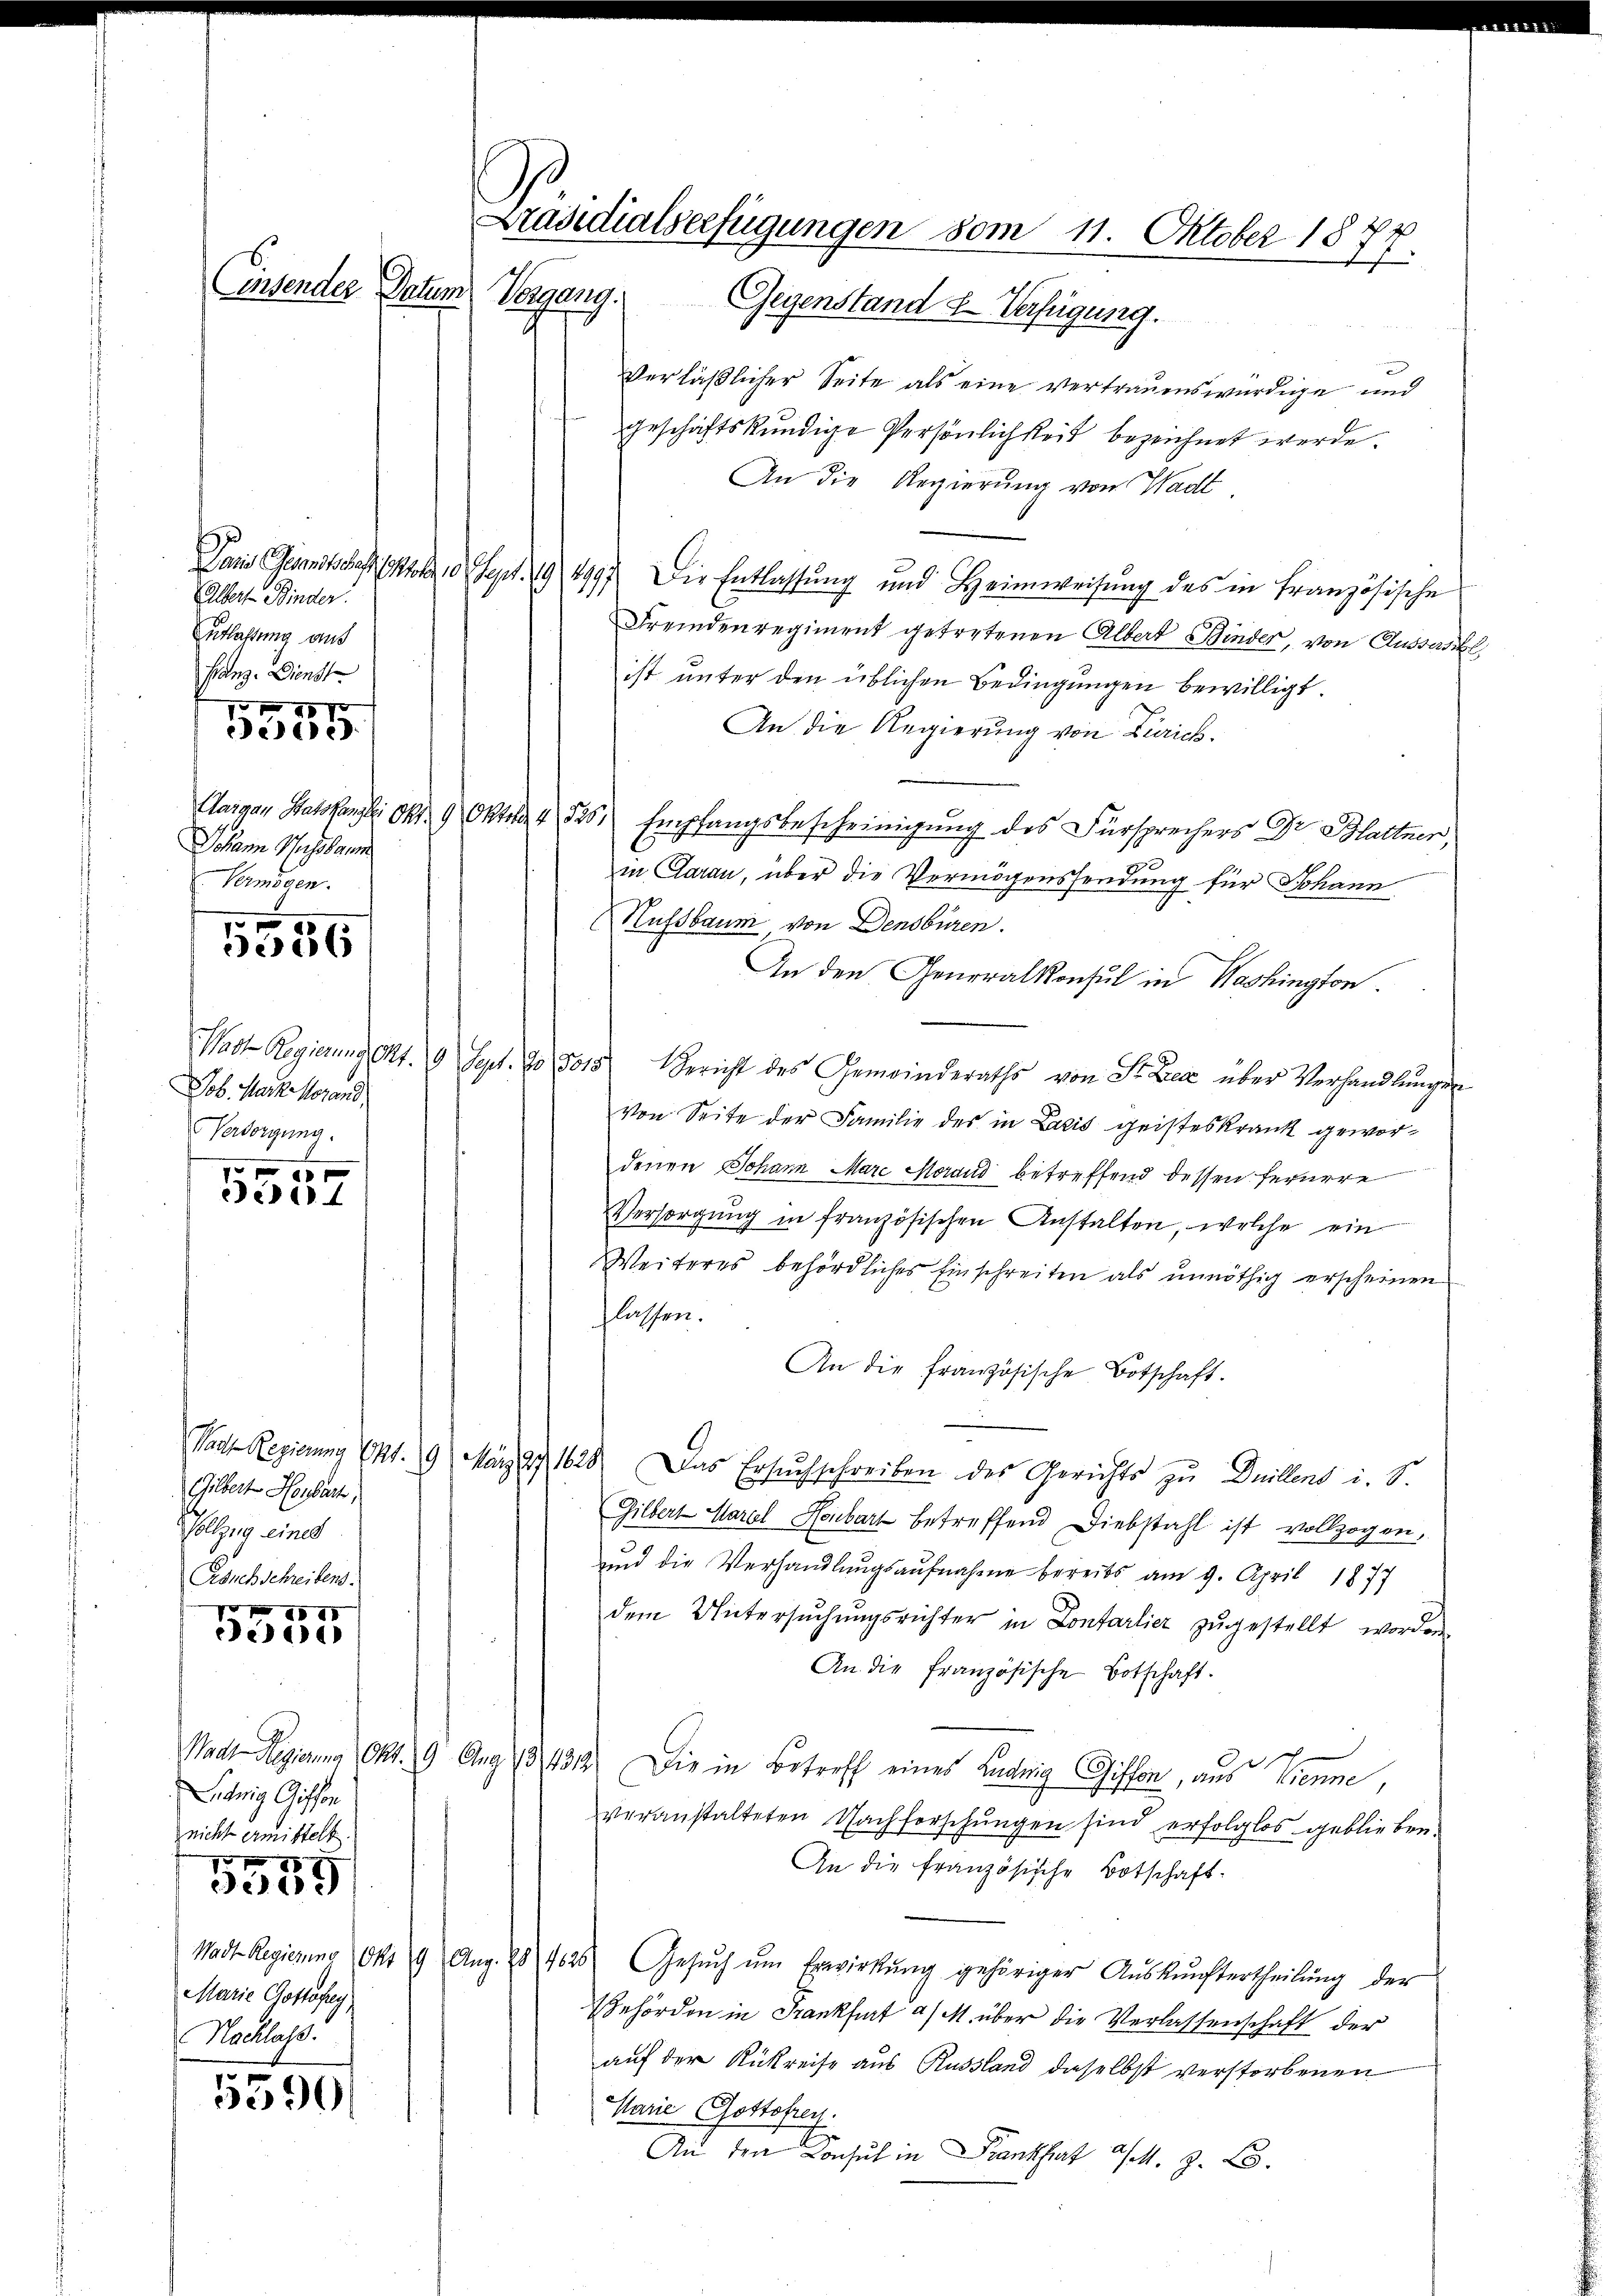
Consendes Datum

Albert Binder.
Zutlachtung aus
Franz. Dienst
Johann Missbaum
Vermögen.
1556
Job. Mark herand
Versorgung.
7 x 10 x
e

1 1890
ec

Gilbert Horbart,
Vollzug eines
Ersuch schreibens.

AGI
e

Nadt Regierung Okt.
Sihnig Gisfon
nicht ermittelt.
 x

3539

Wadt Regierung Okt
Marie Gottfrey
Nachlass.

5590.

Präsidialverfügungen vom 11. Oktober 1877.
Vergang. Gegenstand & Verfügung.

verläßlicher Seite als eine vertrauenswürdige und
geschäftskundige Persönlichkeit bezeichnet werde.
An die Regierung von Wadt.
Dans Gesandtschaft stole, 10 Sept. 194997. Die Entlassung und Heimweisung des in Französische
Fremdenregiment getretenen Albert Binder, von Ausses be
ist unter den üblichen Bedingungen bewilligt.
An die Regierung von Zürich.
Aargau Statskanzlei Okt. 9 Oktos 4, 525, Empfangsbescheinigung des Fürsprechers Dr. Blattner,
in Aarau, über die Vermögenssendung für Johann
Hussbaum von Densbüren.
An den Generalkonsul in Washington
Wadt Regierung Okt. 9 Sept. 10 5015 Bericht des Gemeinderaths von Sr. Der über Verhandlungen
Von Seite der Familie des in Laxis geisteskrank gewordenen Johann Mare Morand betreffend dessen fernere
Versorgung in französischen Anstalten, welche ein
Weiteres behördliches Einschreiten als unnöthig erscheinen
flassen.
An die französische Botschaft.
Nach Regierung Okt. 9 März 27, 1628. Das Ersuchschreiben des Gerichts zu Duillens i. S.
Gilbert Mariel Heibart betreffend Diebstahl ist vollzogen,
und die Verhandlungsaufnahme bereits am 9. April 1877
dem Untersŭchŭngsrichter in Confarlier zŭgestellt worden
An die französische Botschaft.
9 Aug. 13131) Die in Betreff eines Ludwig Gisson, aus Wienne
veranstalteten Nachforschungen sind erfolglos geblieben.
An die französische Botschaft-
9 Aug. 28/1058. Gesŭch ŭm Erwirkŭng gehöriger Aŭskŭnftertheilŭng der
Gehörden in Frankfurt a/M. über die Verlassenschaft der
auf der Rükreise aus Russland daselbst verstorbenen
Marie Gottofrey.
An den Konsul in Frankhaart a/M. Z. B.